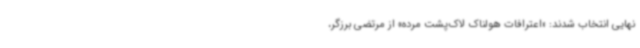
نهایی انتخاب شدند: «اعترافات هولناک لاک‌پشت مرده» از مرتضی برزگر،